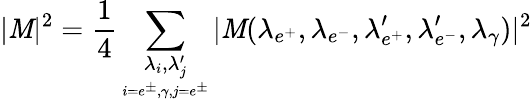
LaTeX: |{\cal\mathit{M}}|^{2}=\frac{{1}}{{4}}\sum_{\underset{i=e^{\pm},\gamma,j=e^{\pm}}{\lambda_{i},\lambda_{j}^{\prime}}}|{\cal\mathit{M}}(\lambda_{e^{+}},\lambda_{e^{-}},\lambda_{e^{+}}^{\prime},\lambda_{e^{-}}^{\prime},\lambda_{\gamma})|^{2}